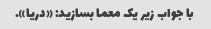
با جواب زیر یک معما بسازید: «دریا».